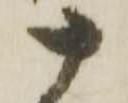
十